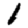
Digit: 1